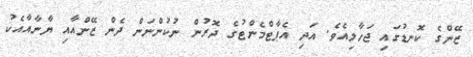
ޒޭންގެ ކޮނޑުގައި ޖަހާލިއެވެ. އަދި އެޕާޓްމެންޓުގެ ދޮރުން ނުކުންނަން ދެން ޒޭންއާއި ޔާނާއާއެކު